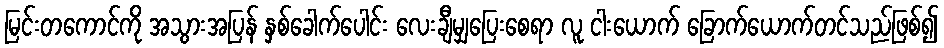
မြင်းတကောင်ကို အသွားအပြန် နှစ်ခေါက်ပေါင်း လေးချီမျှပြေးစေရာ လူ ငါးယောက် ခြောက်ယောက်တင်သည်ဖြစ်၍